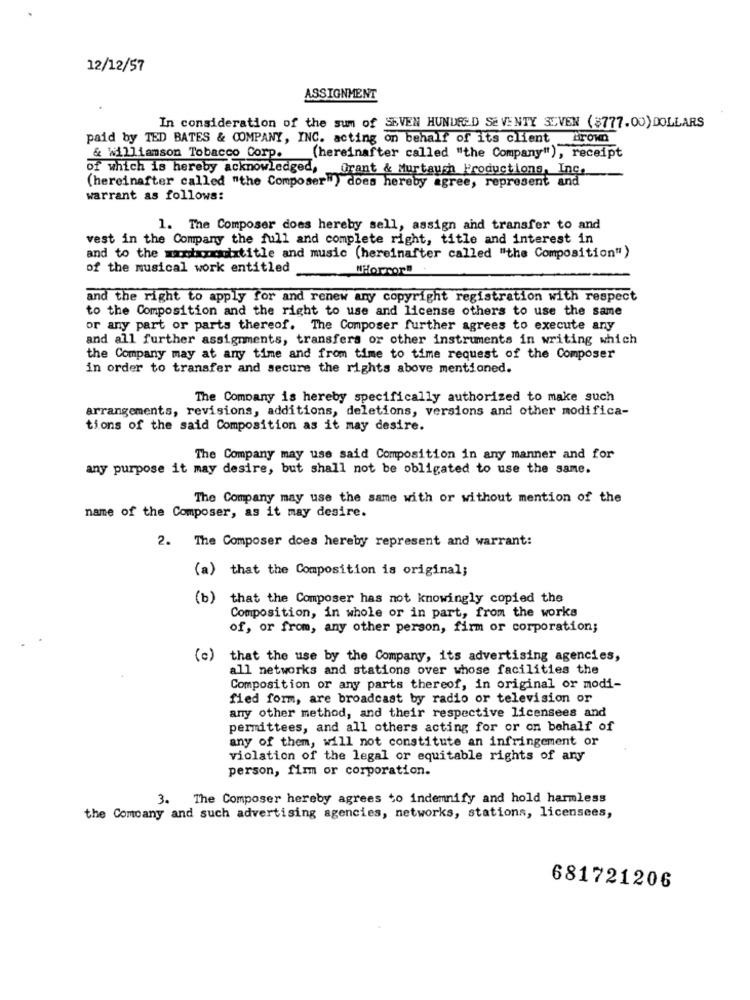
12/12/57
ASSIGNMENT
In consideration of the sum of SEVEN HUNDRED SEVENTY SEVEN ($777.00) DOLLARS
paid by TED BATES & COMPANY, INC. acting on behalf of its client brown
& williamson Tobacco Corp. (hereinafter called "the Company"), receipt
of which is hereby acknowledged, Grant & Murtaugh Productions, Inc.
-
(hereinafter called "the Composer") does hereby agree, represent and
warrant as follows:
1. The Composer does hereby sell, assign and transfer to and
vest in the Company the full and complete right, title and interest in
and to the moonouxtitle and music (hereinafter called "the Composition")
of the musical work entitled
iHorcori
and the right to apply for and renew any copyright registration with respect
to the Composition and the right to use and license others to use the same
or any part or parts thereof. The Composer further agrees to execute any
and all further assignments, transfers or other instruments in writing which
the Company may at any time and from time to time request of the Composer
in order to transfer and secure the rights above mentioned.
The Company is hereby specifically authorized to make such
arrangements, revisions, additions, deletions, versions and other modifica-
tions of the said Composition as it may desire.
The Company may use said Composition in any manner and for
any purpose it may desire, but shall not be obligated to use the same.
The Company may use the same with or without mention of the
name of the Composer, as it may desire.
2. The Composer does hereby represent and warrant:
(a) that the Composition is original;
(b)
that the Composer has not knowingly copied the
Composition, in whole or in part, from the works
of, or from, any other person, firm or corporation;
(c)
that the use by the Company, its advertising agencies,
all networks and stations over whose facilities the
Composition or any parts thereof, in original or modi-
fied form, are broadcast by radio or television or
any other method, and their respective licensees and
permittees, and all others acting for or on behalf of
any of them, will not constitute an infringement or
violation of the legal or equitable rights of any
person, fim or corporation.
3. The Composer hereby agrees to indemnify and hold harmless
the Company and such advertising agencies, networks, stations, licensees,
681721206